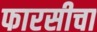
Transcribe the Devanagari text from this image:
फारसीचा